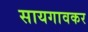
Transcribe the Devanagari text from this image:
सायगावकर